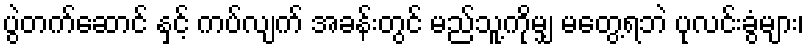
ပွဲတက်ဆောင် နှင့် ကပ်လျက် အခန်းတွင် မည်သူ့ကိုမျှ မတွေ့ရဘဲ ပုလင်းခွံများ၊